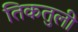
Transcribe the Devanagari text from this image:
तिकतुली